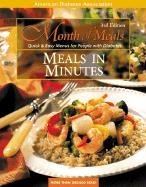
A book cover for Month of Meals: Meals in Minutes; American Diabetes Association; Health, Fitness & Dieting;